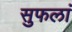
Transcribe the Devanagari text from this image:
सुफलां